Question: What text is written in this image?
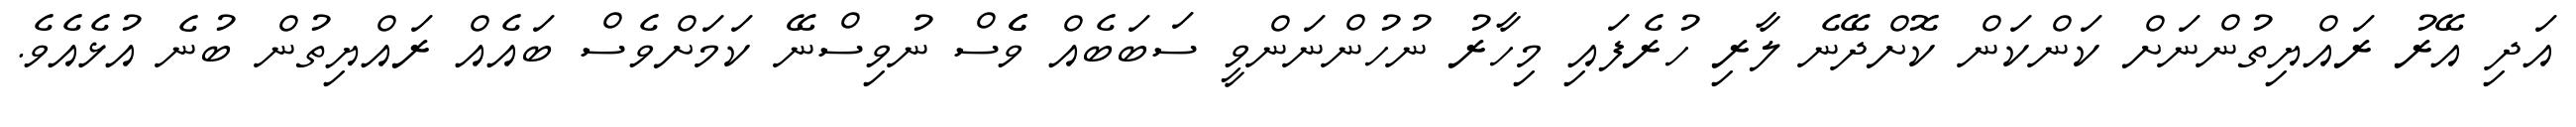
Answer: އަދި އޭރު ރައްޔިތުންނަށް ކަންކަން ކޮށްދޭނެ ލާރި ހުރެފައި މިހާރު ނުހުންނަންވީ ސަބަބެއް ވެެސް ނުވިސްނޭ ކަމަށްވެސް ބައެއް ރައްޔިތުން ބުނެ އުޅެއެވެ.